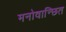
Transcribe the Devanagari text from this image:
मनोवान्छित